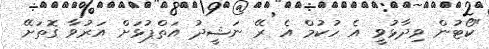
"ކޯޓުން ވިދާޅުވީ އެ ހުކުމް އެ ރޭ ނަޝީދު އަތްޕުޅަށް އަރުވާ ގޮތަށޭ